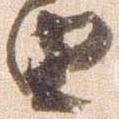
由